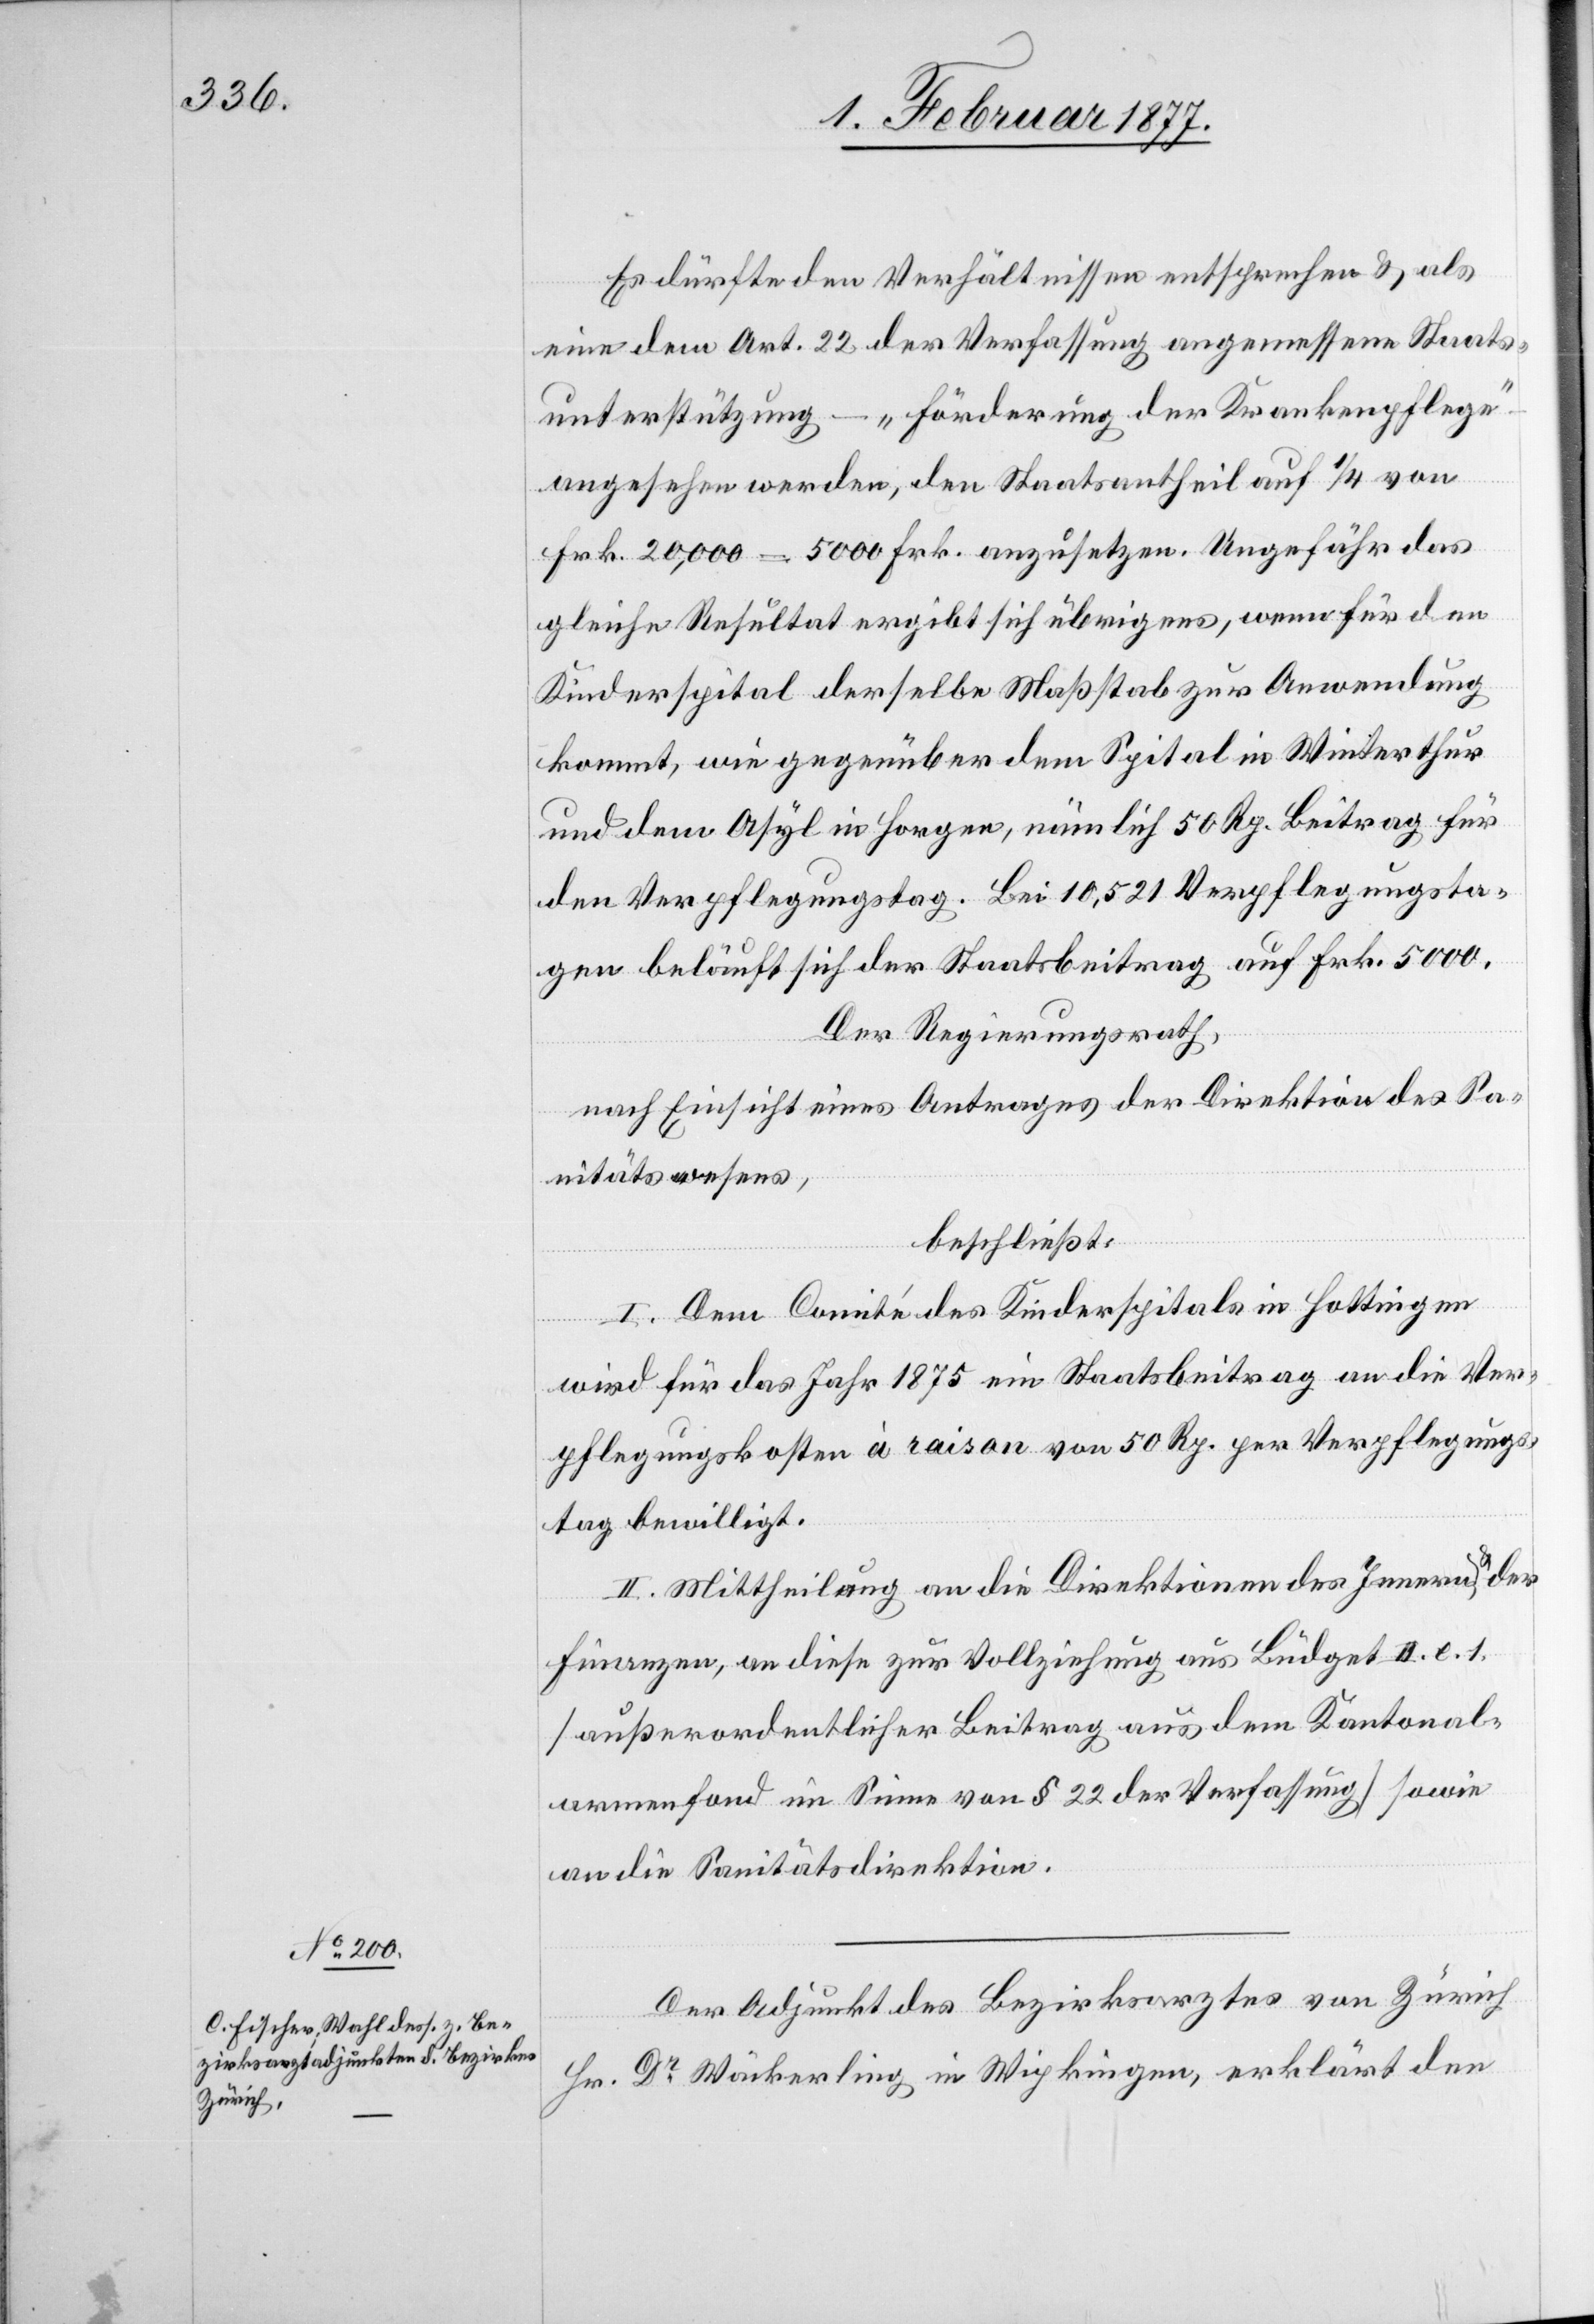
Es dürfte den Verhältnissen entsprechen & als
eine dem Art. 22 der Verfassung angemessene Staats¬
unterstützung – „Förderung der Krankenpflege“
angesehen werden, den Staatsantheil auf 1/4 von
Frk. 20,000 = 5000 Frk. anzusetzen. Ungefähr das
gleiche Resultat ergibt sich übrigens, wenn für den
Kinderspital derselbe Maßstab zur Anwendung
kommt, wie gegenüber dem Spital in Winterthur
und dem Asyl in Horgen, nämlich 50 Rp. Beitrag für
den Verpflegungstag. Bei 10,521 Verpflegungsta¬
gen beläuft sich der Staatsbeitrag auf Frk. 5000.
Der Regierungsrath,
nach Einsicht eines Antrages der Direktion des Sa¬
nitätswesens,
beschließt:
I. Dem Comité des Kinderspitals in Hottingen
wird für das Jahr 1875 ein Staatsbeitrag an die Ver¬
pflegungskosten à raison von 50 Rp. per Verpflegungs¬
tag bewilligt.
II. Mittheilung an die Direktionen des Innern & der
Finanzen, an diese zur Vollziehung aus Büdget II. e. 1.
[außerordentlicher Beitrag aus dem Kantonal¬
armenfond im Sinne von § 22 der Verfassung] sowie
an die Sanitätsdirektion.
Der Adjunkt des Bezirksarztes von Zürich
Hr. Dr Wäckerling in Wipkingen, erklärt den